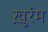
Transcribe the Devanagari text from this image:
ख़ुर्रम